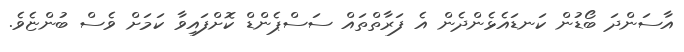
އާސަންދަ ބޯޑުން ކަނޑައެޅެންދެން އެ ފަރާތްތައް ސަސްޕެންޑް ކޮށްފައިވާ ކަމަށް ވެސް ބުންޏެވެ.